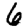
Digit: 6